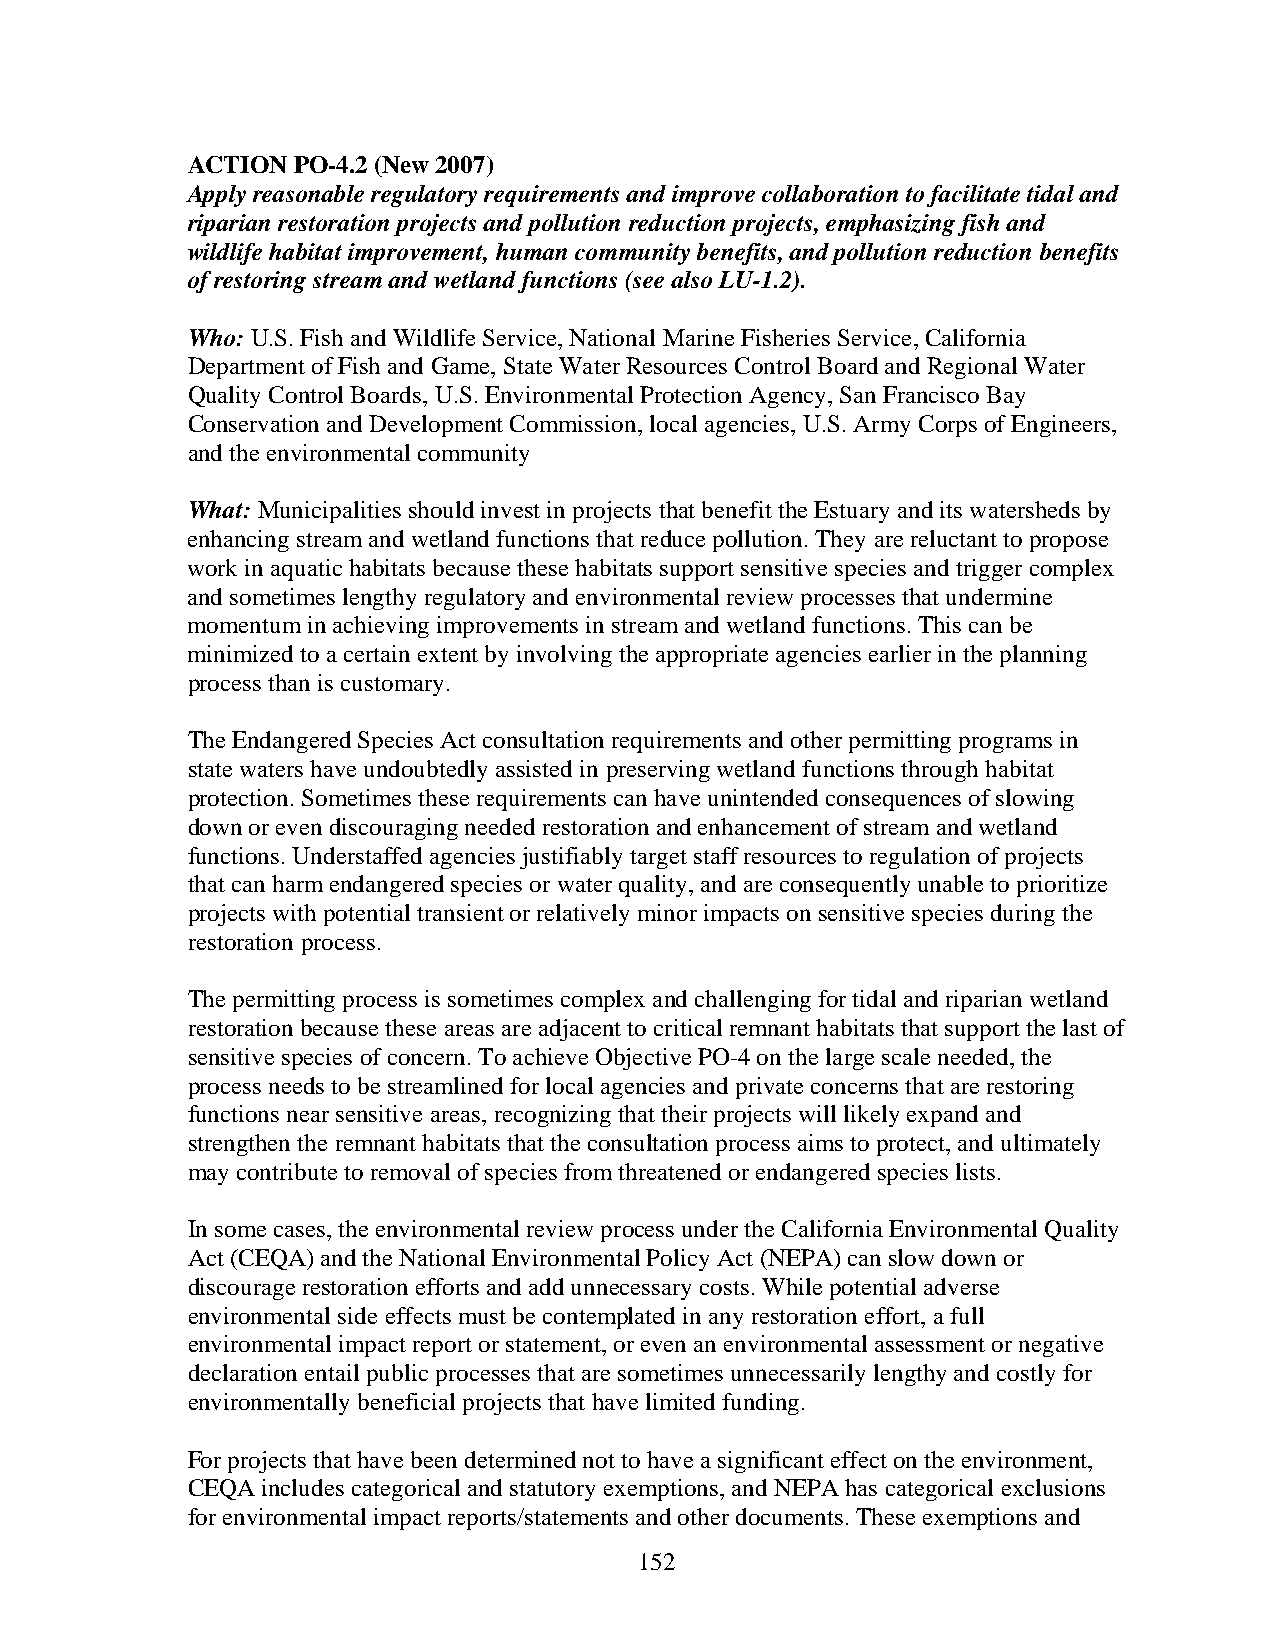
ACTION PO-4.2 (New 2007)
 Apply reasonable regulatory requirements and improve collaboration to facilitate tidal and
 riparian restoration projects and pollution reduction projects, emphasizing fish and
 wildlife habitat improvement, human community benefits, and pollution reduction benefits
 of restoring stream and wetland functions (see also LU-1.2).
 Who: U.S. Fish and Wildlife Service, National Marine Fisheries Service, California
 Department of Fish and Game, State Water Resources Control Board and Regional Water
 Quality Control Boards, U.S. Environmental Protection Agency, San Francisco Bay
 Conservation and Development Commission, local agencies, U.S. Army Corps of Engineers,
 and the environmental community
 What: Municipalities should invest in projects that benefit the Estuary and its watersheds by
 enhancing stream and wetland functions that reduce pollution. They are reluctant to propose
 work in aquatic habitats because these habitats support sensitive species and trigger complex
 and sometimes lengthy regulatory and environmental review processes that undermine
 momentum in achieving improvements in stream and wetland functions. This can be
 minimized to a certain extent by involving the appropriate agencies earlier in the planning
 process than is customary.
 The Endangered Species Act consultation requirements and other permitting programs in
 state waters have undoubtedly assisted in preserving wetland functions through habitat
 protection. Sometimes these requirements can have unintended consequences of slowing
 down or even discouraging needed restoration and enhancement of stream and wetland
 functions. Understaffed agencies justifiably target staff resources to regulation of projects
 that can harm endangered species or water quality, and are consequently unable to prioritize
 projects with potential transient or relatively minor impacts on sensitive species during the
 restoration process.
 The permitting process is sometimes complex and challenging for tidal and riparian wetland
 restoration because these areas are adjacent to critical remnant habitats that support the last of
 sensitive species of concern. To achieve Objective PO-4 on the large scale needed, the
 process needs to be streamlined for local agencies and private concerns that are restoring
 functions near sensitive areas, recognizing that their projects will likely expand and
 strengthen the remnant habitats that the consultation process aims to protect, and ultimately
 may contribute to removal of species from threatened or endangered species lists.
 In some cases, the environmental review process under the California Environmental Quality
 Act (CEQA) and the National Environmental Policy Act (NEPA) can slow down or
 discourage restoration efforts and add unnecessary costs. While potential adverse
 environmental side effects must be contemplated in any restoration effort, a full
 environmental impact report or statement, or even an environmental assessment or negative
 declaration entail public processes that are sometimes unnecessarily lengthy and costly for
 environmentally beneficial projects that have limited funding.
 For projects that have been determined not to have a significant effect on the environment,
 CEQA includes categorical and statutory exemptions, and NEPA has categorical exclusions
 for environmental impact reports/statements and other documents. These exemptions and
 152